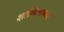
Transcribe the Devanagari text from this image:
शामिलकर